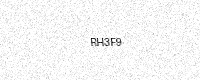
Text: RH3F9